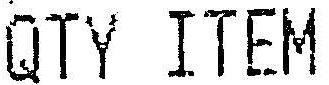
QTY ITEM